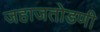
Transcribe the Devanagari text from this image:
जहाजतोडणी